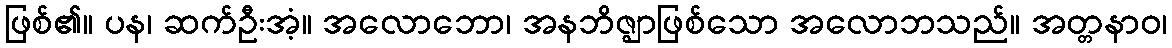
ဖြစ်၏။ ပန၊ ဆက်ဦးအံ့။ အလောဘော၊ အနဘိဇ္ဈာဖြစ်သော အလောဘသည်။ အတ္တနာဝ၊